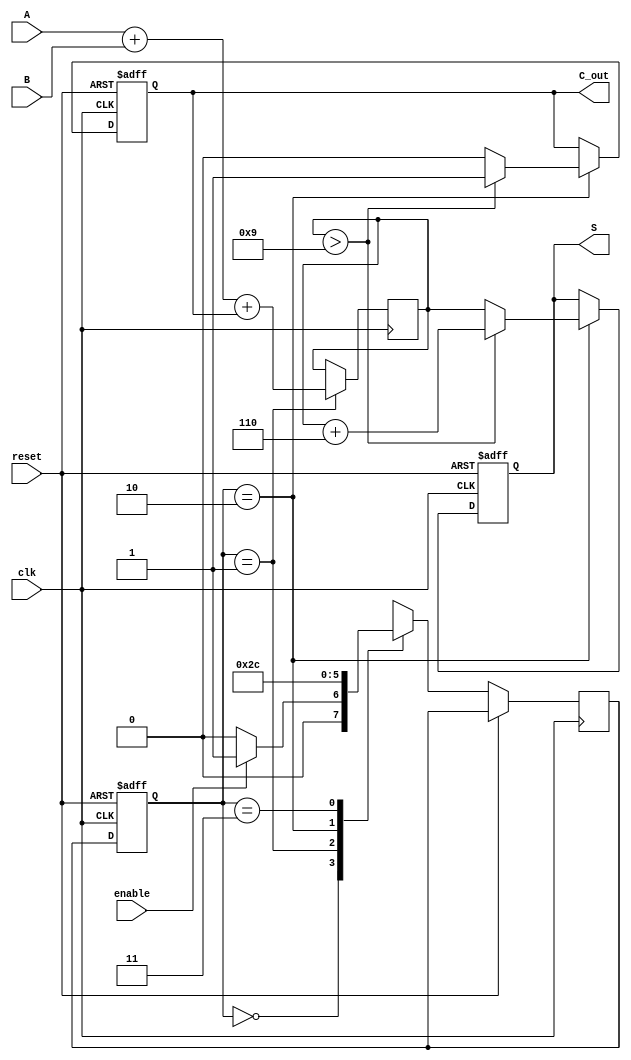
module BCD_Sequential_Adder (
    input wire [3:0] A,       // First BCD digit input
    input wire [3:0] B,       // Second BCD digit input
    input wire clk,           // Clock signal
    input wire reset,         // Reset signal
    input wire enable,        // Enable signal
    output reg [3:0] S,       // BCD result output
    output reg C_out          // Carry-out signal
);

    reg [3:0] sum;            // Intermediate sum
    reg [1:0] state;          // State register
    reg [1:0] next_state;     // Next state

    // State encoding
    localparam IDLE      = 2'b00;
    localparam ADDITION  = 2'b01;
    localparam CORRECTION = 2'b10;
    localparam OUTPUT    = 2'b11;

    // Sequential state machine
    always @(posedge clk or posedge reset) begin
        if (reset) begin
            S <= 4'b0000;
            C_out <= 0;
            state <= IDLE;
        end else begin
            state <= next_state; // Transition to next state
            case (state)
                IDLE: begin
                    if (enable) begin
                        next_state <= ADDITION;
                    end else begin
                        next_state <= IDLE;
                    end
                end

                ADDITION: begin
                    next_state <= CORRECTION; // After addition, go to correction
                end

                CORRECTION: begin
                    if (sum > 4'b1001) begin
                        S <= sum + 4'b0110; // Correction if sum > 9
                        C_out <= 1;
                    end else begin
                        S <= sum; // No correction needed
                        C_out <= 0;
                    end
                    next_state <= OUTPUT; // Move to output state
                end

                OUTPUT: begin
                    next_state <= IDLE; // Finish and go back to IDLE
                end
                
                default: next_state <= IDLE; // Safety case
            endcase
        end
    end

    // Calculate sum on ADDITION state
    always @(posedge clk) begin
        if (state == ADDITION) begin
            sum <= A + B + C_out; // Compute the sum including carry
        end
    end

endmodule